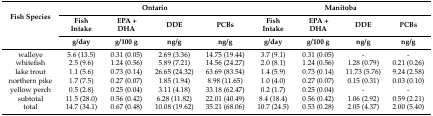
<table><thead><tr><td rowspan="3"><b>Fish Species</b></td><td colspan="4"><b>Ontario</b></td><td colspan="4"><b>Manitoba</b></td></tr><tr><td><b>Fish Intake</b></td><td><b>EPA + DHA</b></td><td><b>DDE</b></td><td><b>PCBs</b></td><td><b>Fish Intake</b></td><td><b>EPA + DHA</b></td><td><b>DDE</b></td><td><b>PCBs</b></td></tr><tr><td><b>g/day</b></td><td><b>g/100 g</b></td><td><b>ng/g</b></td><td><b>ng/g</b></td><td><b>g/day</b></td><td><b>g/100 g</b></td><td><b>ng/g</b></td><td><b>ng/g</b></td></tr></thead><tbody><tr><td>walleye</td><td>5.6 (13.5)</td><td>0.31 (0.05)</td><td>2.69 (3.36)</td><td>14.75 (19.44)</td><td>3.7 (9.1)</td><td>0.31 (0.05)</td><td>-</td><td>-</td></tr><tr><td>whitefish</td><td>2.5 (9.6)</td><td>1.24 (0.56)</td><td>5.89 (7.21)</td><td>14.56 (24.27)</td><td>2.0 (8.1)</td><td>1.24 (0.56)</td><td>1.28 (0.79)</td><td>0.21 (0.26)</td></tr><tr><td>lake trout</td><td>1.1 (5.6)</td><td>0.73 (0.14)</td><td>26.65 (24.32)</td><td>63.69 (83.54)</td><td>1.4 (5.9)</td><td>0.73 (0.14)</td><td>11.73 (5.76)</td><td>9.24 (2.58)</td></tr><tr><td>northern pike</td><td>1.7 (7.5)</td><td>0.27 (0.07)</td><td>1.85 (1.94)</td><td>8.98 (11.65)</td><td>1.0 (4.0)</td><td>0.27 (0.07)</td><td>0.15 (0.31)</td><td>0.03 (0.10)</td></tr><tr><td>yellow perch</td><td>0.5 (2.8)</td><td>0.25 (0.04)</td><td>3.11 (4.18)</td><td>33.18 (62.47)</td><td>0.2 (1.7)</td><td>0.25 (0.04)</td><td>-</td><td>-</td></tr><tr><td>subtotal</td><td>11.5 (28.0)</td><td>0.56 (0.42)</td><td>6.28 (11.82)</td><td>22.01 (40.49)</td><td>8.4 (18.4)</td><td>0.56 (0.42)</td><td>1.06 (2.92)</td><td>0.59 (2.21)</td></tr><tr><td>total</td><td>14.7 (34.1)</td><td>0.67 (0.48)</td><td>10.08 (19.62)</td><td>35.21 (68.06)</td><td>10.7 (24.5)</td><td>0.53 (0.28)</td><td>2.05 (4.37)</td><td>2.00 (5.40)</td></tr></tbody></table>